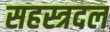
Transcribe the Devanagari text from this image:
सहस्त्रदल